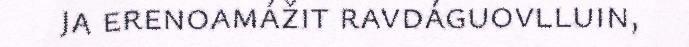
ja erenoamážit ravdáguovlluin,